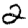
Digit: 2